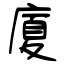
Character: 廈